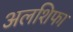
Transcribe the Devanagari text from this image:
अलशिफा